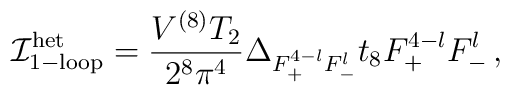
{{\cal I}}^{\rm het}_{\rm 1-loop}=\frac{V^{(8)}T_2}{2^8 \pi^4}\Delta_{F_+^{4-l} F_-^l}t_8 F_+^{4-l} F_-^l\, ,